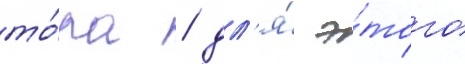
то́ра / дл'я́ э́того